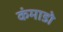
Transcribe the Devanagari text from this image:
कंमाडो